system: You are a helpful assistant.
user:
Analyze the provided spectrum to determine if it is a **M-type Giant (gM)**.

A M-type Giant spectrum is defined by its **strong molecular absorption** features, particularly from **Titanium Oxide (TiO)**. You must check for one of the following mutually exclusive signatures:

- **Key Visual Indicators (Absorption-Dominated Spectrum):**

    - **(Primary):** The spectrum is dominated by strong molecular absorption from **Titanium Oxide (TiO)**. This is the **defining feature** of its M-type temperature class.
        - **(Key Bandheads):** Look for sharp, "saw-tooth" absorption valleys. The strongest are located near **~7050 Å**, **~6160 Å**, and **~5170 Å**.
        - **(Line Profile):** The "saw-tooth" morphology is critical: a **sharp, steep drop on the BLUE (short-wavelength) side** of the bandhead, followed by a gradual recovery (rising flux) towards the RED (long-wavelength) side.

    - **(Key Confirmation - Giant vs. Dwarf):** **ABSENCE** of strong **Calcium Hydride (CaH)** molecular bands. This is the primary diagnostic for *excluding* M-dwarfs.
        - **(Key Region):** The spectrum should lack the strong, broad absorption band seen in dwarfs between **~6800 Å and ~7000 Å**.

    - **(Secondary Confirmation - Giant):** A very strong and broad **Neutral Calcium (Ca I)** atomic absorption line.
        - **(Key Line):** Located at **~4226 Å**. In a giant (gM), this line is significantly deeper and broader than the same line in an M-dwarf (dM) due to low surface gravity.

    - **(Overall Spectrum):**
        - The continuum is **extremely red-sloping** (i.e., flux is very low in the blue and rises dramatically towards the red).
        - The entire spectrum appears "chopped up" by the deep TiO bands.

Think first, call **spectral_visualization_tool** if needed to examine features in detail, then provide your final answer. Your response must adhere to the following strict rules:
1.  **Overall Structure:** Your response must follow the format `<think>...</think> <tool_call>...</tool_call> (if a tool is used) <answer>...</answer>`.
2.  **Tool Usage Constraint:** You may only make **one** tool call per turn.
3.  **Final Answer Format:** In the `<answer>` tag, your conclusion must be inside a `\boxed{}` command (e.g., `\boxed{YES}` or `\boxed{NO}`), followed by your justification.

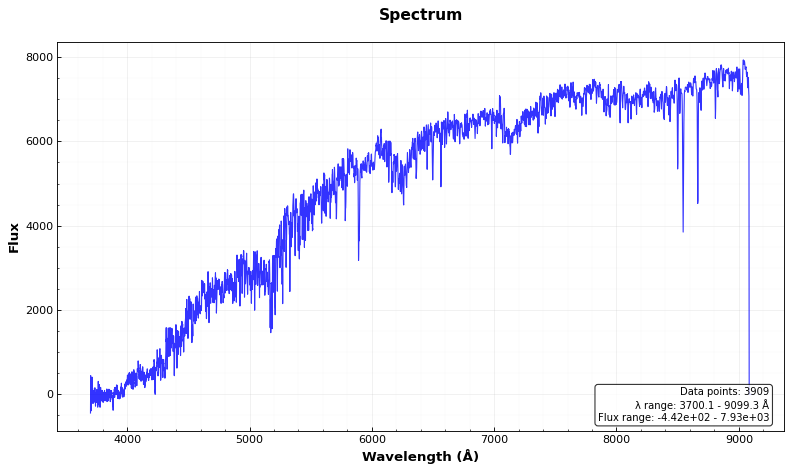
Answer: NO